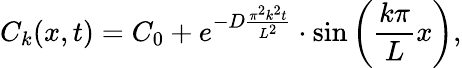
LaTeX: C_{k}(x,t)=C_{0}+e^{-D\frac{\pi^{2}k^{2}t}{L^{2}}}\cdot\sin\left(\frac{k\pi}{L}x\right),